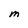
Character: M